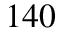
1 4 0